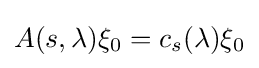
\displaystyle A(s,\lambda )\xi _{0}=c_{s}(\lambda )\xi _{0}